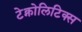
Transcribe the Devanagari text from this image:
टेक्नोलिटिक्स